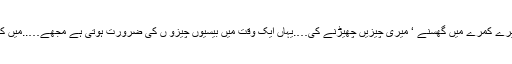
’’میں کہتا ہوں اسے جرأت کیسے ہوئی میرے کمرے میں گھسنے ‘ میری چیزیں چھیڑنے کی….یہاں ایک وقت میں بیسیوں چیزو ں کی ضرورت ہوتی ہے مجھے…..میں کیا ہر چیز کے لیے ہانکیں لگاتا پھروں گا۔